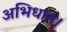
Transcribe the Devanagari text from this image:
अभिधान।